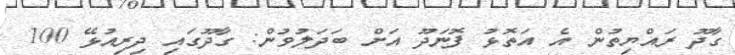
ގާދޫ ރައްޔިތުން އެ އަތޮޅު ފޮނަދޫ އަށް ބަދަލުވުން: ގާދޫގައި ދިރިއުޅޭ 100